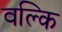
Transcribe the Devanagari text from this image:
वल्‍कि